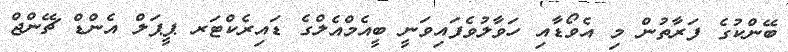
ބޭންކުގެ ފަރާތުން މި އެވޯޑާއި ހަވާލުވެފައިވަނީ ބީއެމްއެލްގެ ޑައިރެކްޓަރ ޕީޕަލް އެންޑް ޗޭންޖް